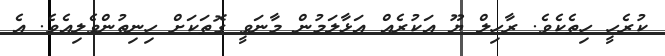
ކުރެހީ ހިތެކެވެ. ރާހިލް ޔޫ އަކުރެއް އަޅާލަމުން މާނަވީ ގޮތަކަށް ހިނިތުންވެލިއެވެ. އެ